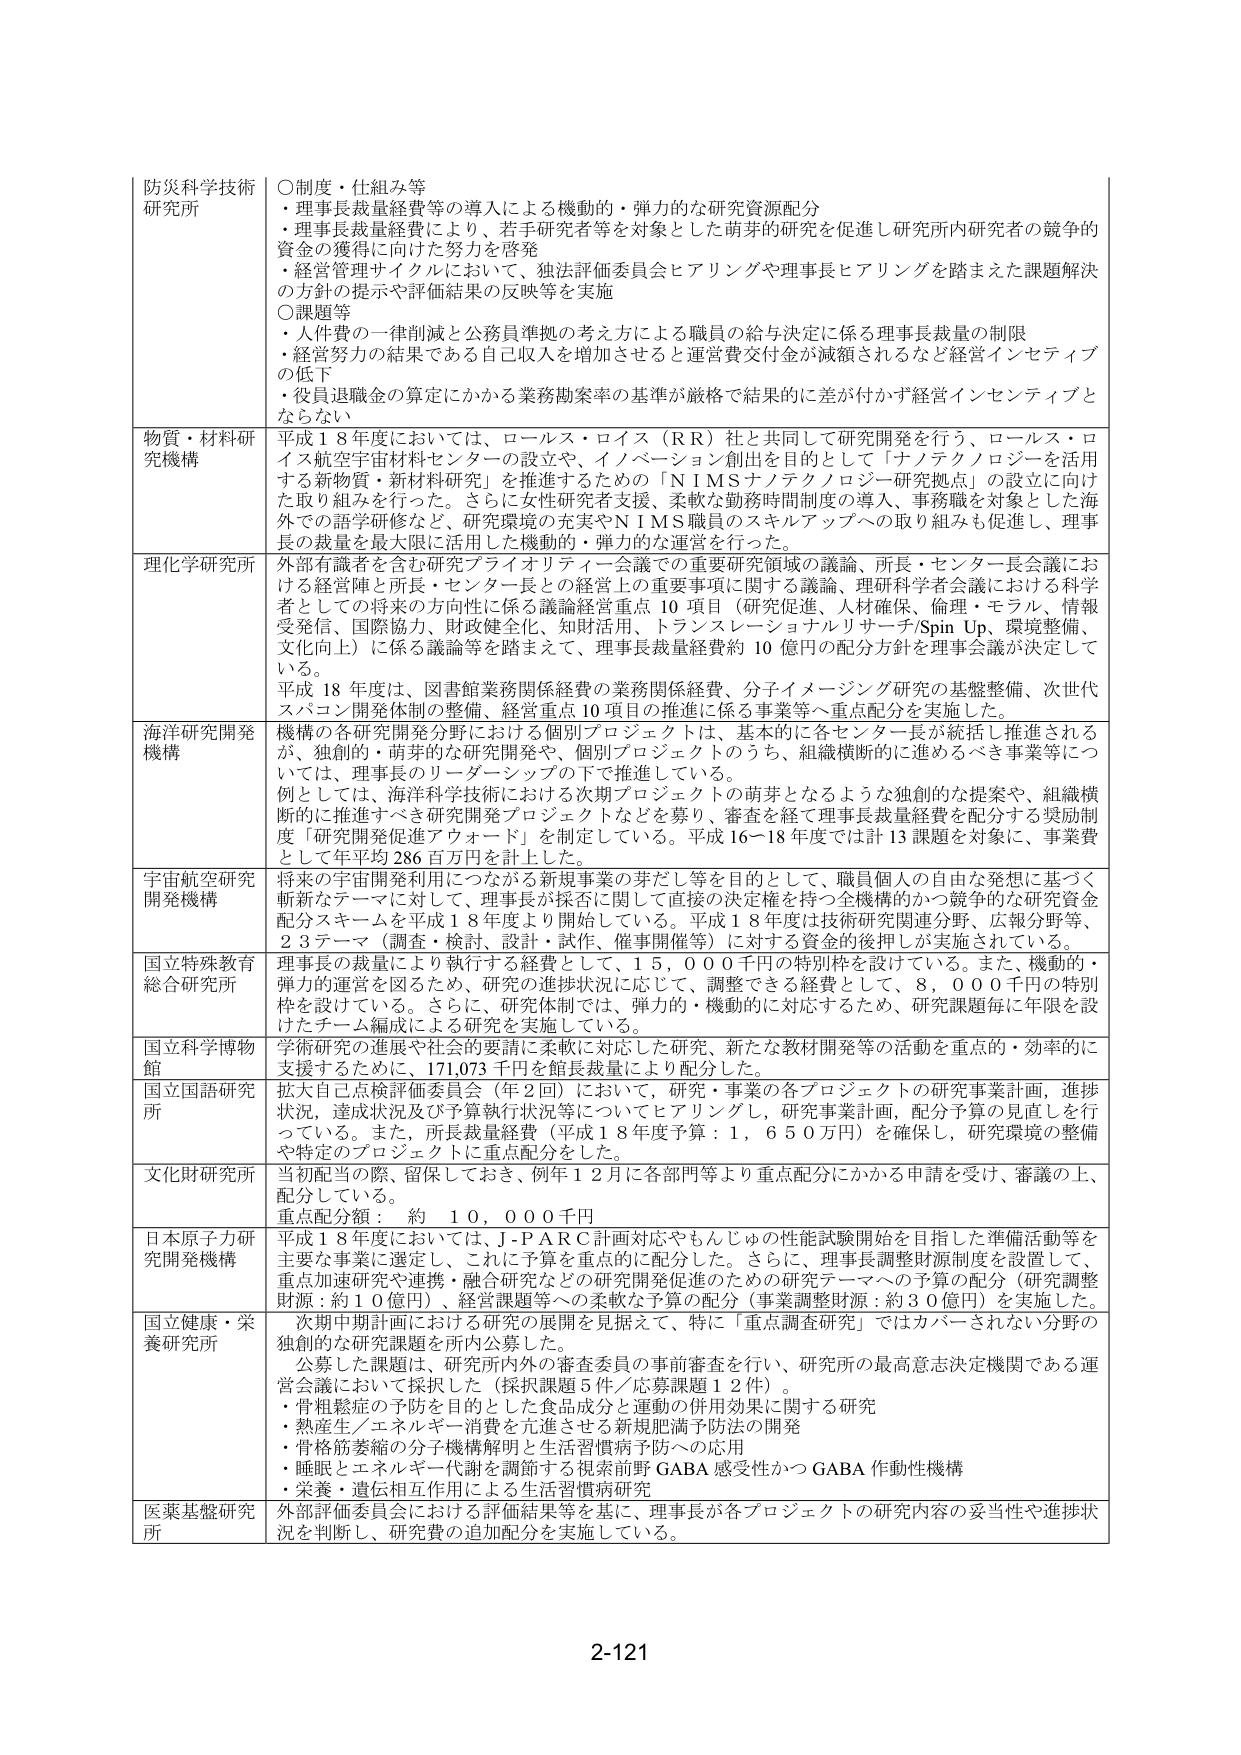
防災科学技術研究所
○制度・仕組み等
・理事長裁量経費等の導入による機動的・弾力的な研究資源配分
・理事長裁量経費により、若手研究者等を対象とした萌芽的研究を促進し研究所内研究者の競争的資金の獲得に向けた努力を啓発
・経営管理サイクルにおいて、独法評価委員会ヒアリングや理事長ヒアリングを踏まえた課題解決の方針の提示や評価結果の反映等を実施
○課題等
・人件費の一律削減と公務員準拠の考え方による職員の給与決定に係る理事長裁量の制限
・経営努力の結果である自己収入を増加させると運営費交付金が減額されるなど経営インセンティブの低下
・役員退職金の算定にかかる業務勘案率の基準が厳格で結果的に差が付かず経営インセンティブとならない

物質・材料研究機構
平成１８年度においては、ロールス・ロイス（ＲＲ）社と共同して研究開発を行う、ロールス・ロイス航空宇宙材料センターの設立や、イノベーション創出を目的として「ナノテクノロジーを活用する新物質・新材料研究」を推進するための「ＮＩＭＳナノテクノロジー研究拠点」の設立に向けた取り組みを行った。さらに女性研究者支援、柔軟な勤務時間制度の導入、事務職を対象とした海外での語学研修など、研究環境の充実やＮＩＭＳ職員のスキルアップへの取り組みも促進し、理事長の裁量を最大限に活用した機動的・弾力的な運営を行った。

理化学研究所
外部有識者を含む研究プライオリティー会議での重要研究領域の議論、所長・センター長会議における経営陣と所長・センター長との経営上の重要事項に関する議論、理研科学者会議における科学者としての将来の方向性に係る議論経営重点１０項目（研究促進、人材確保、倫理・モラル、情報受発信、国際協力、財政健全化、知財活用、トランスレーショナルリサーチ/Spin Up、環境整備、文化向上）に係る議論等を踏まえて、理事長裁量経費約１０億円の配分方針を理事会議が決定している。
平成１８年度は、図書館業務関係経費の業務関係経費、分子イメージング研究の基盤整備、次世代スパコン開発体制の整備、経営重点１０項目の推進に係る事業等へ重点配分を実施した。

海洋研究開発機構
機構の各研究開発分野における個別プロジェクトは、基本的に各センター長が統括し推進されるが、独創的・萌芽的な研究開発や、個別プロジェクトのうち、組織横断的に進めるべき事業等については、理事長のリーダーシップの下で推進している。
例としては、海洋科学技術における次期プロジェクトの萌芽となるような独創的な提案や、組織横断的に推進すべき研究開発プロジェクトなどを募り、審査を経て理事長裁量経費を配分する奨励制度「研究開発促進アウォード」を制定している。平成１６～１８年度では計１３課題を対象に、事業費として年平均２８６百万円を計上した。

宇宙航空研究開発機構
将来の宇宙開発利用につながる新規事業の芽だし等を目的として、職員個人の自由な発想に基づく斬新なテーマに対して、理事長が採否に関して直接の決定権を持つ全機構のかつ競争的な研究資金配分スキームを平成１８年度より開始している。平成１８年度は技術研究関連分野、広報分野等、２３テーマ（調査・検討、設計・試作、催事開催等）に対する資金の後押しが実施されている。

国立特殊教育総合研究所
理事長の裁量により執行する経費として、１５，０００千円の特別枠を設けている。また、機動的・弾力的運営を図るため、研究の進捗状況に応じて、調整できる経費として、８，０００千円の特別枠を設けている。さらに、研究体制では、弾力的・機動的に対応するため、研究課題毎に年限を設けたチーム編成による研究を実施している。

国立科学博物館
学術研究の進展や社会的要請に柔軟に対応した研究、新たな教材開発等の活動を重点的・効率的に支援するために、１７１,０７３千円を館長裁量により配分した。

国立国語研究所
拡大自己点検評価委員会（年２回）において、研究・事業の各プロジェクトの研究事業計画、進捗状況、達成状況及び予算執行状況等についてヒアリングし、研究事業計画、配分予算の見直しを行っている。また、所長裁量経費（平成１８年度予算：１，６５０万円）を確保し、研究環境の整備や特定のプロジェクトに重点配分をした。

文化財研究所
当初配当の際、留保しておき、例年１２月に各部門等より重点配分にかかる申請を受け、審議の上、配分している。
重点配分額： 約 １０，０００千円

日本原子力研究開発機構
平成１８年度においては、Ｊ-ＰＡＲＣ計画対応やもんじゅの性能試験開始を目指した準備活動等を主要な事業に選定し、これに予算を重点的に配分した。さらに、理事長調整財源制度を設置して、重点加速研究や連携・融合研究などの研究開発促進のための研究テーマへの予算の配分（研究調整財源：約１０億円）、経営課題等への柔軟な予算の配分（事業調整財源：約３０億円）を実施した。

国立健康・栄養研究所
次期中期計画における研究の展開を見据えて、特に「重点調査研究」ではカバーされない分野の独創的な研究課題を所内公募した。
公募した課題は、研究所内外の審査委員の事前審査を行い、研究所の最高意志決定機関である運営会議において採択した（採択課題５件／応募課題１２件）。
・骨粗鬆症の予防を目的とした食品成分と運動の併用効果に関する研究
・熱産生／エネルギー消費を亢進させる新規肥満予防法の開発
・骨格筋萎縮の分子機構解明と生活習慣病予防への応用
・睡眠とエネルギー代謝を調節する視索前野ＧＡＢＡ感受性かつＧＡＢＡ作動性機構
・栄養・遺伝相互作用による生活習慣病研究

医薬基盤研究所
外部評価委員会における評価結果等を基に、理事長が各プロジェクトの研究内容の妥当性や進捗状況を判断し、研究費の追加配分を実施している。

2-121